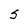
Character: S